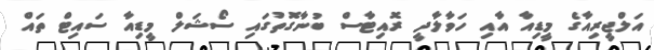
އަލްޖީރިއާގެ މީޑިއާ އާއި ހަވާލާދީ ރޮއިޓާސް ބުނާގޮތުގައި ސޯޝަލް މީޑިއާ ސައިޓް ތައް